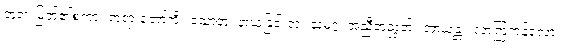
ဘုရားမြတ်၏စကား တရားတော်ကို။ သောတုံ၊ နာယူခြင်းငှာ။ သမဂ္ဂံ၊ အညီအညွတ်။ အာယန္တု၊ လာကြကုန်လော့။